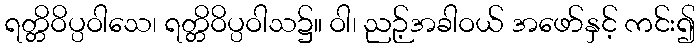
ရတ္တိဝိပ္ပဝါသေ၊ ရတ္တိဝိပ္ပဝါသ၌။ ဝါ၊ ညဉ့်အခါဝယ် အဖော်နှင့် ကင်း၍